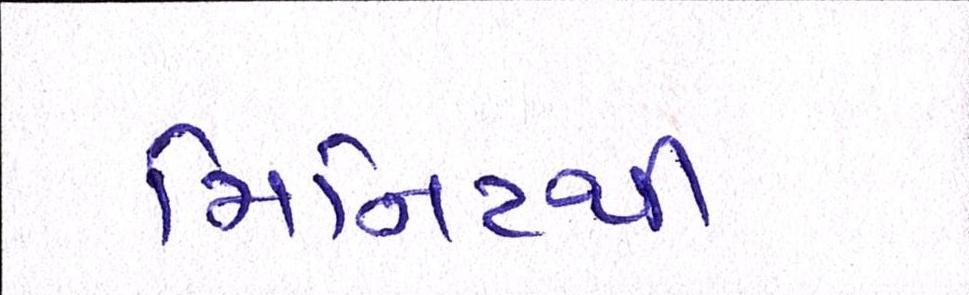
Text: મિનિટથી